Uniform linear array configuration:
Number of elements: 24
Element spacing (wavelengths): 0.75
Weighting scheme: blackman
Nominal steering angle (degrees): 30
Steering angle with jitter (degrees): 28.397
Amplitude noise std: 0.05
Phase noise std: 0.05

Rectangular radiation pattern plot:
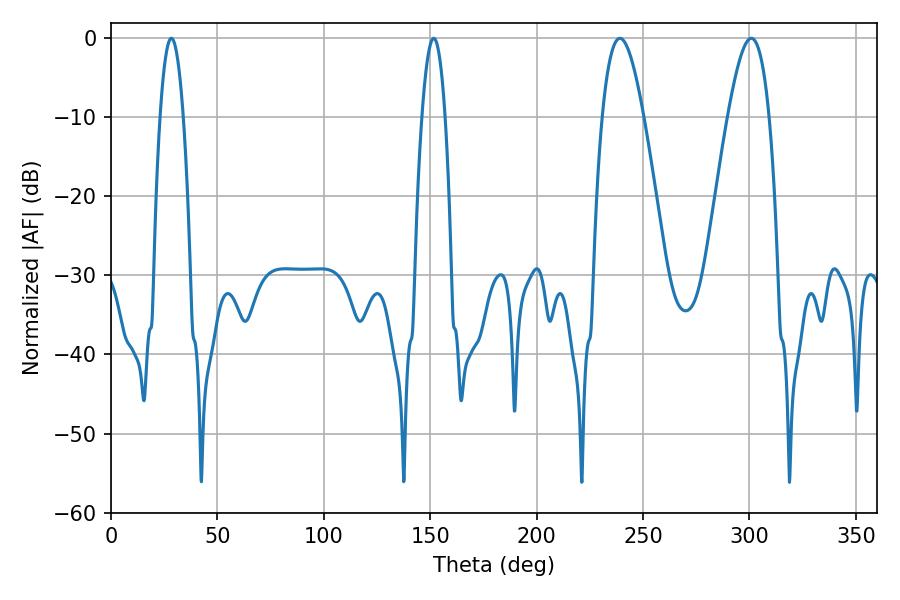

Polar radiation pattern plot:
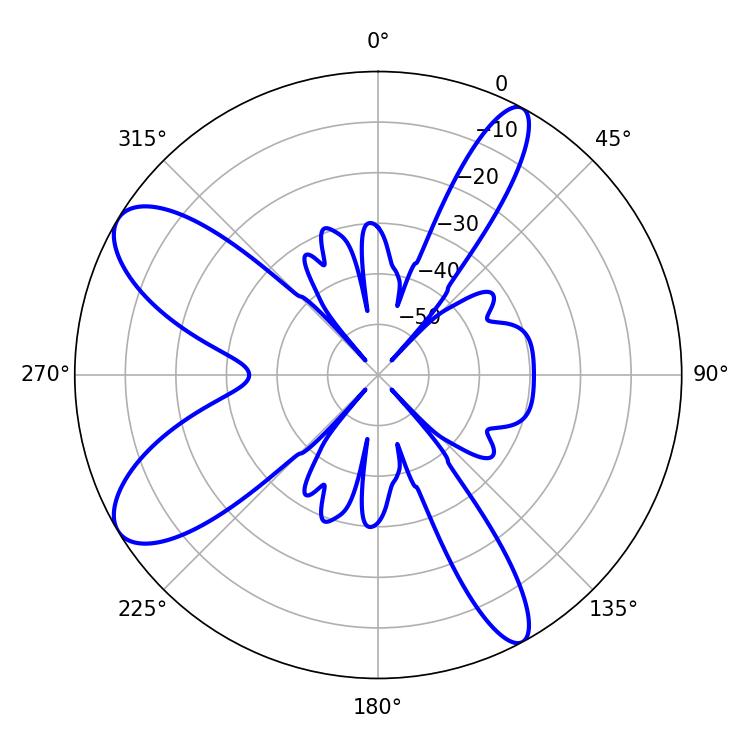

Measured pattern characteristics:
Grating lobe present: TRUE
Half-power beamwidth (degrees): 10.44
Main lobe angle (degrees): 239.04